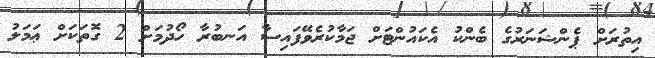
އިތުރަށް ޕެންޝަނަރުގެ ބެންކު އެކައުންޓަށް ޖަމާކުރެވޭފައިސާ އަނބުރާ ހޯދުމަށް 2 ގޮތަކަށް ޢަމަލު